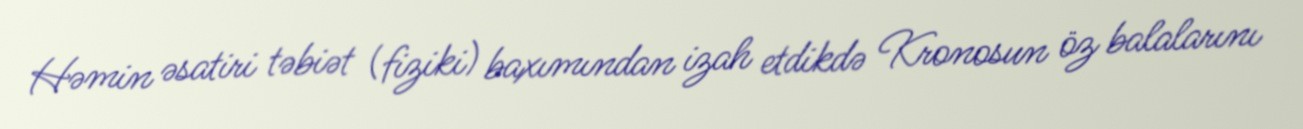
Həmin əsatiri təbiət (fiziki) baxımından izah etdikdə Kronosun öz balalarını